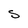
Character: S